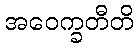
အဝေက္ခတီတိ